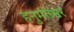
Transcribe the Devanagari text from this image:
हनुमंतेश्वर